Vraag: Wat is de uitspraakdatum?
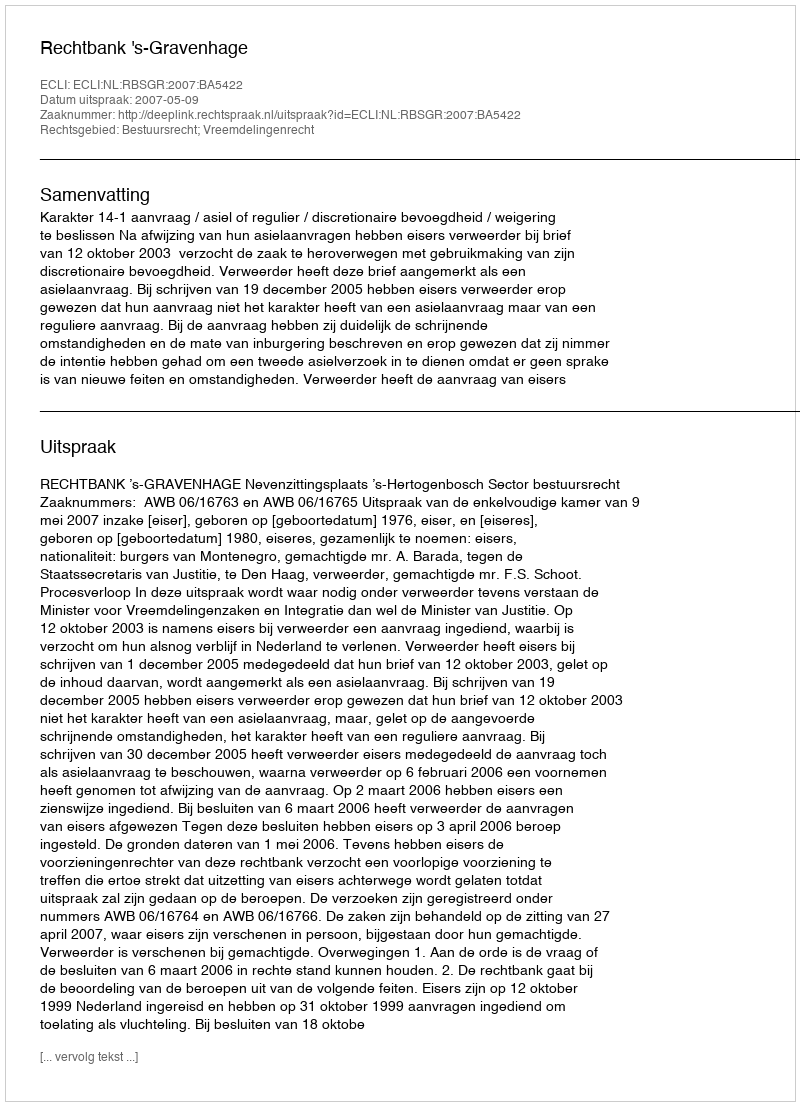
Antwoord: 2007-05-09